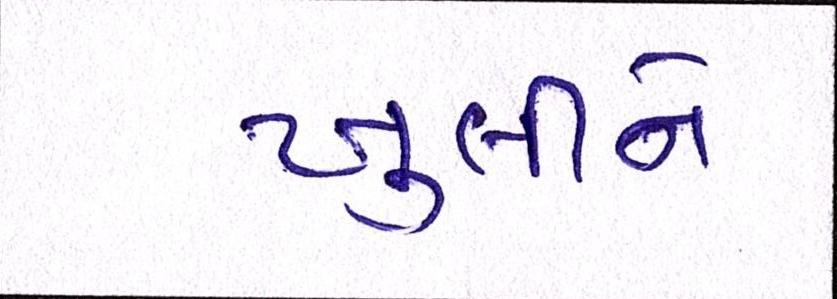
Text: ખુલીને